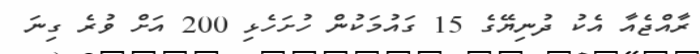
ރާއްޖެއާ އެކު ދުނިޔޭގެ 15 ގައުމަކުން ހުށަހެޅި 200 އަށް ވުރެ ގިނަ